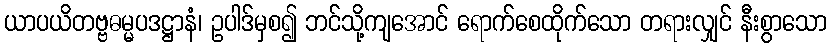
ယာပယိတဗ္ဗဓမ္မပဒဋ္ဌာနံ၊ ဥပါဒ်မှစ၍ ဘင်သို့ကျအောင် ရောက်စေထိုက်သော တရားလျှင် နီးစွာသော